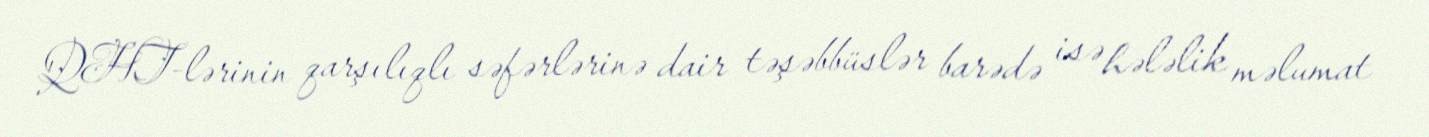
QHT-lərinin qarşılıqlı səfərlərinə dair təşəbbüslər barədə isə hələlik məlumat